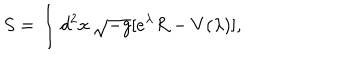
S = \int d ^ { 2 } x \, \sqrt { - g } [ e ^ { \lambda } R - V ( \lambda ) ] ,